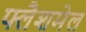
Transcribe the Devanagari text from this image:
फ्लैशमेल